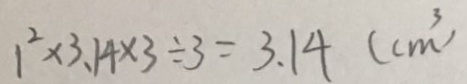
1 ^ { 2 } \times 3 . 1 4 \times 3 \div 3 = 3 . 1 4 ( c m ^ { 3 } )